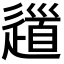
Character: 𨖁